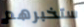
ستخبرهم